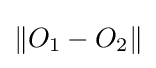
\|O_{1}-O_{2}\|